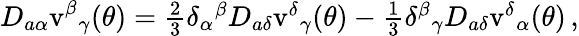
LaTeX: D_{a\alpha}\mathrm{v}^{\beta}{}_{\gamma}(\theta)=\textstyle{\frac{2}{3}}\delta_{\alpha}{}^{\beta}D_{a\delta}\mathrm{v}^{\delta}{}_{\gamma}(\theta)-\textstyle{\frac{1}{3}}\delta^{\beta}{}_{\gamma}D_{a\delta}\mathrm{v}^{\delta}{}_{\alpha}(\theta)\, ,